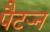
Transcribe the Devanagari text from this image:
पैटऱ्न